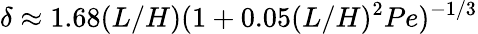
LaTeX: \delta\approx 1.68(L/H)(1+0.05(L/H)^{2}Pe)^{-1/3}